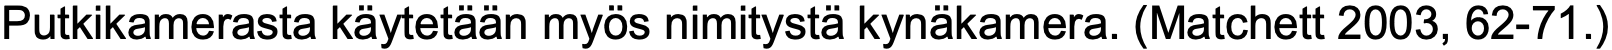
Putkikamerasta käytetään myös nimitystä kynäkamera. (Matchett 2003, 62-71.)